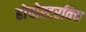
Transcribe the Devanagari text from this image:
होचोस्टरविच